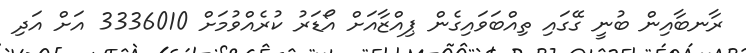
ރާނބާއިން ބުނީ ގޭގައި ތިއްބަވައިގެން ޕިއްޒާއަށް އޯޑަރު ކުރެއްވުމަށް 3336010 އަށް އަދި